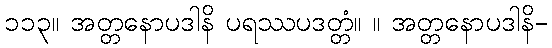
၁၁၃။ အတ္တနောပဒါနိ ပရဿပဒတ္တံ။ ။ အတ္တနောပဒါနိ-